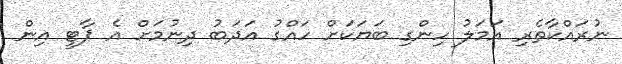
ނުރައްކާތެރި އަމަލު ހިންގި ބަޔަކަށް ހައްގު އަދަބު ދިނުމަށް އެ ޕާޓީ އިން